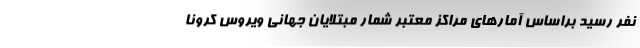
نفر رسید براساس آمارهای مراکز معتبر شمار مبتلایان جهانی ویروس کرونا